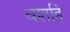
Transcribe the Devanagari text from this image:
वशहि